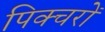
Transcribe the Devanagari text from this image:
पिक्चरों